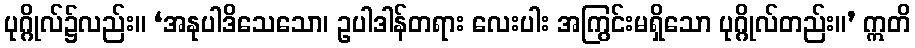
ပုဂ္ဂိုလ်၌လည်း။ ‘အနုပါဒိသေသော၊ ဥပါဒါန်တရား လေးပါး အကြွင်းမရှိသော ပုဂ္ဂိုလ်တည်း။’ ဣတိ